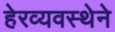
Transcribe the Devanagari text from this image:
हेरव्यवस्थेने